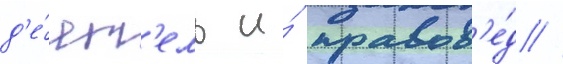
д'е́ят'ель и́ правов'е́д //